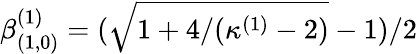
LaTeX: \beta_{(1,0)}^{(1)}=(\sqrt{1+4/(\kappa^{(1)}-2)}-1)/2